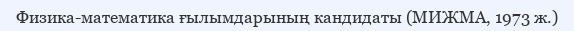
Физика-математика ғылымдарының кандидаты (МИЖМА, 1973 ж.)